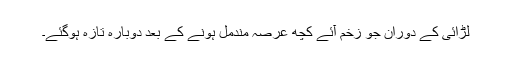
لڑائی کے دوران جو زخم آئے کچھ عرصہ مندمل ہونے کے بعد دوبارہ تازہ ہوگئے۔